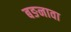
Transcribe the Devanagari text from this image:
बङनावा